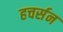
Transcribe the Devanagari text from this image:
हचर्सन